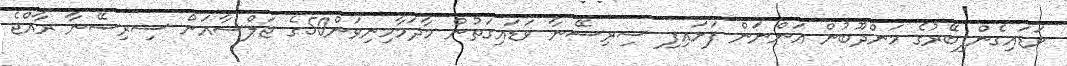
ވަޑައިގެންފިބޭރުގެ މަންދޫބުން އަންނަން ފަށައިފި ސިރިސޭނާ ވަޑައިގަތުން މާދަމާމިނިވަން50ގެ ޖަލްސާއަށް ސިރިސޭނާ ރާއްޖެ